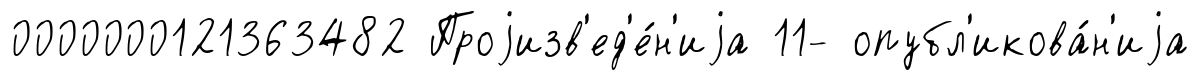
0000000121363482 Проjизв'ед'е́н'иjа 11- опубл'икова́н'иjа